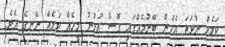
ކަމެއް ނުވަތަ އެހެން ބޭނުމެއްގައި ގޮސް އުޅުނު މީހެއް ކަމެއް ނޭނގެ އެވެ.